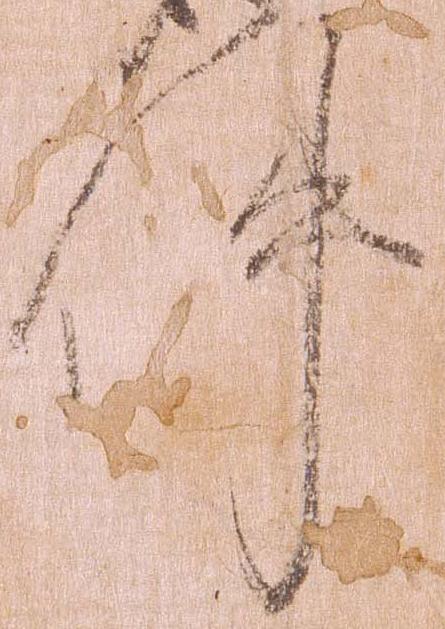
件